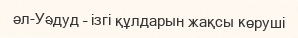
әл-Уәдуд – ізгі құлдарын жақсы көруші